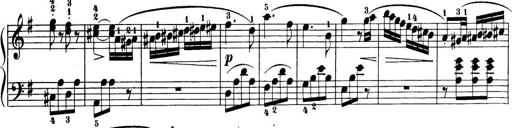
Title: 32 Sonatinas and Rondos for the Piano
Composer: Richard Kleinmichel